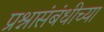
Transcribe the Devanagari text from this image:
प्रश्नासंबंधीच्या